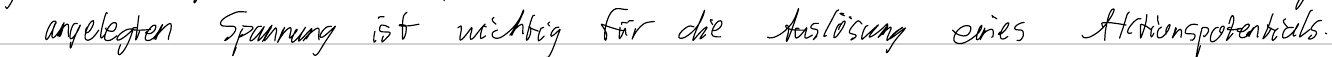
angelegten Spannung ist wichtig für die Auslösung eines Aktionspotentials.